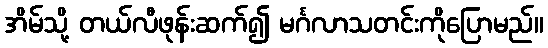
အိမ်သို့ တယ်လီဖုန်းဆက်၍ မင်္ဂလာသတင်းကိုပြောမည်။